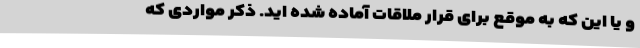
و یا این که به موقع برای قرار ملاقات آماده شده اید. ذکر مواردی که